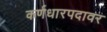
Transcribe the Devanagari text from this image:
कर्णधारपदावर